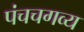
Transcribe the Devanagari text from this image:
पंचचगव्य